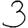
Digit: 3